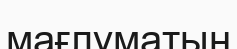
мағлұматын